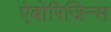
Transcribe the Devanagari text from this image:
ऐबोरिजिन्स